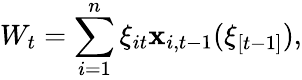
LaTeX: W_{t}=\sum_{i=1}^{n}\xi_{it}\mathbf{x}_{i,t-1}(\xi_{[t-1]}),